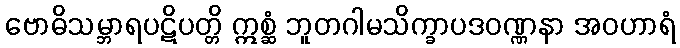
ဗောဓိသမ္ဘာရပဋိပတ္တိ ဣစ္ဆံ ဘူတဂါမသိက္ခာပဒဝဏ္ဏနာ အဝဟာရံ